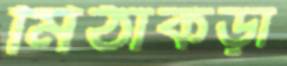
মিঠাকড়া